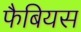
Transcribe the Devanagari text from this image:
फैबियस